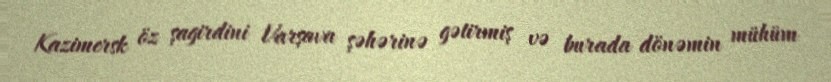
Kazimersk öz şagirdini Varşava şəhərinə gətirmiş və burada dönəmin mühüm